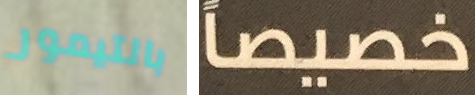
بالتيمور خصيصاً